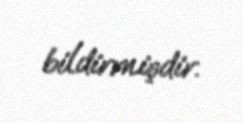
bildirmişdir.